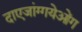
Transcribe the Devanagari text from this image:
दाएजांग्गयेओंग